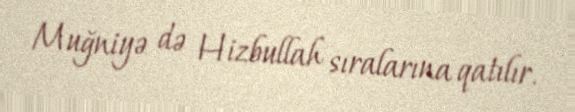
Muğniyə də Hizbullah sıralarına qatılır.